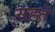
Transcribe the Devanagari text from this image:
सह्ते